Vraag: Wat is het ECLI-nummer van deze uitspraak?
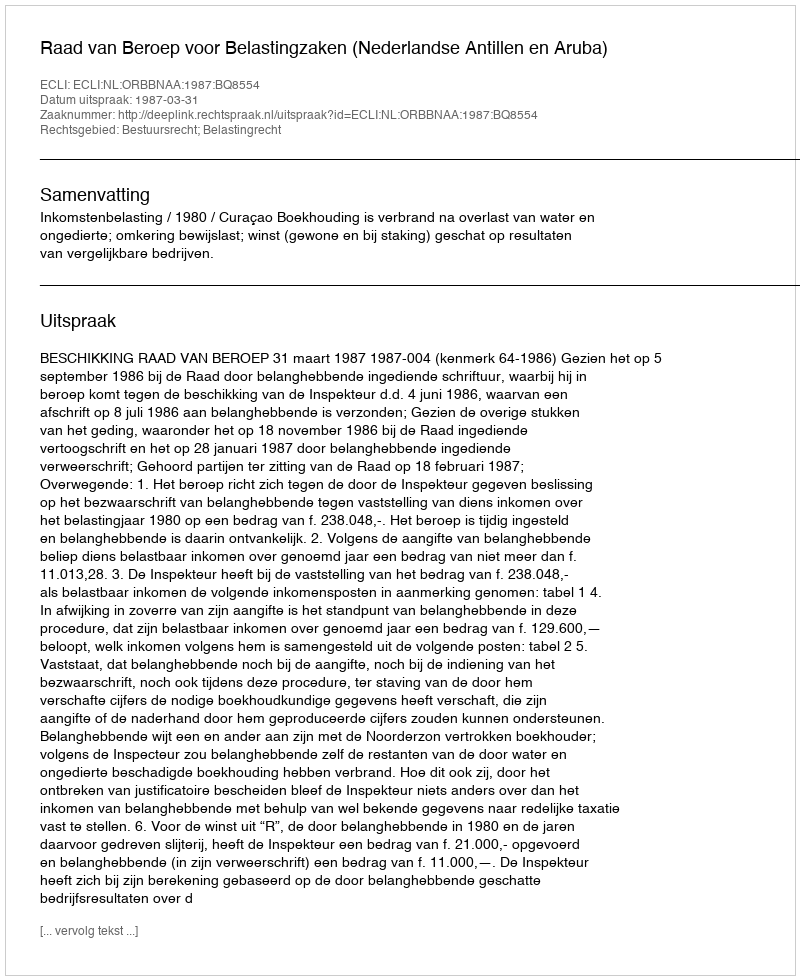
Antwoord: ECLI:NL:ORBBNAA:1987:BQ8554